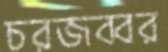
চরজব্বর